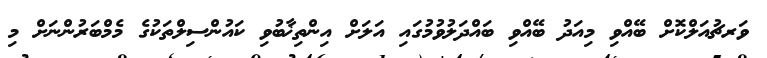
ވަރޗުއަލްކޮށް ބޭއްވި މިއަދު ބޭއްވި ބައްދަލުވުމުގައި އަލަށް އިންތިޚާބުވި ކައުންސިލްތަކުގެ މެމްބަރުންނަށް މި